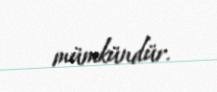
mümkündür.